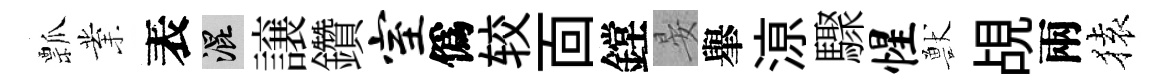
瓢業表混譲鑽室僞较靣鏜晏𦦙鿌驟惺獸覘兩𫞤